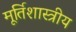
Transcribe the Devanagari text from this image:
मूर्तिशास्त्रीय